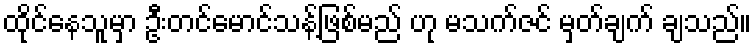
ထိုင်နေသူမှာ ဦးတင်မောင်သန့်ဖြစ်မည် ဟု မသက်ဇင် မှတ်ချက် ချသည်။